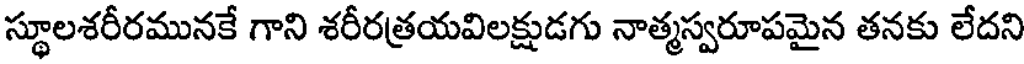
స్థూలశరీరమునకే గాని శరీరత్రయవిలక్షుడగు నాత్మస్వరూపమైన తనకు లేదని